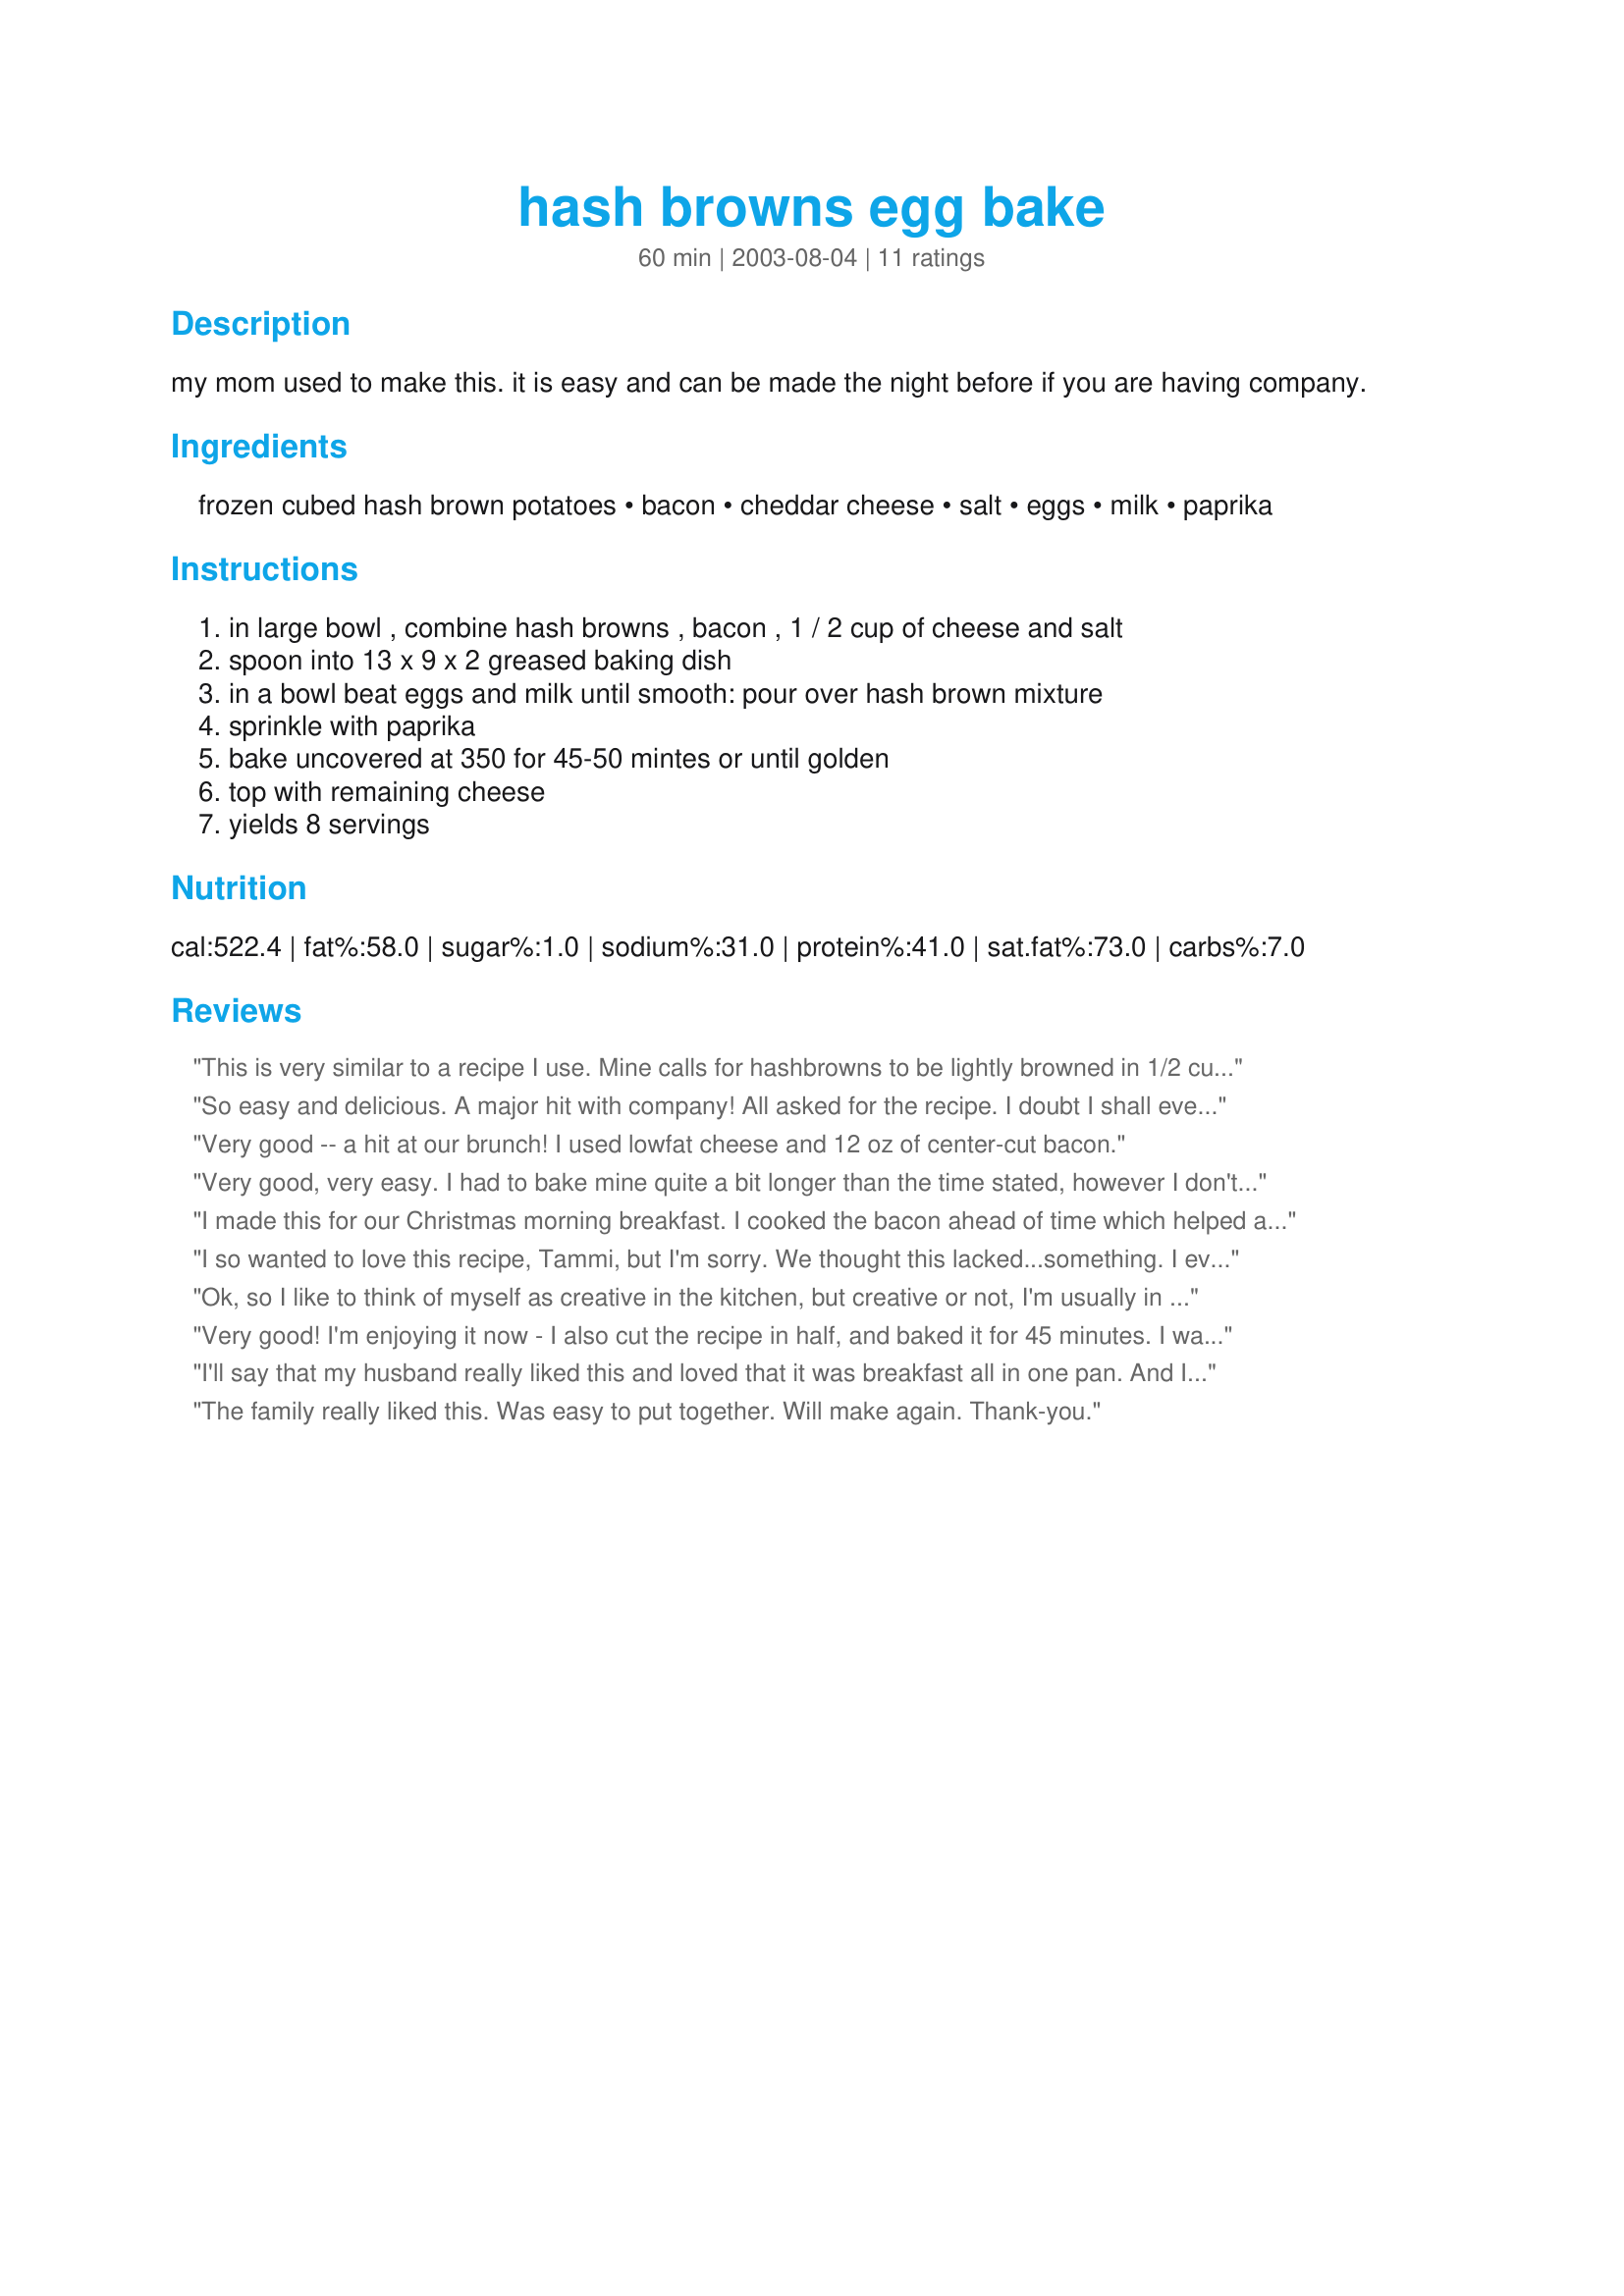
hash browns egg bake
Preparation time: 60 minutes

my mom used to make this. it is easy and can be made the night before if you are having company.

Ingredients:
frozen cubed hash brown potatoes, bacon, cheddar cheese, salt, eggs, milk, paprika

Steps:
in large bowl , combine hash browns , bacon , 1 / 2 cup of cheese and salt, spoon into 13 x 9 x 2 greased baking dish, in a bowl beat eggs and milk until smooth: pour over hash brown mixture, sprinkle with paprika, bake uncovered at 350 for 45-50 mintes or until golden, top with remaining cheese, yields 8 servings

Reviews:
This is very similar to a recipe I use. Mine calls for hashbrowns to be lightly browned in 1/2 cup butter or margarine along with i c. diced onion before putting in the pan
So easy and delicious. A major hit with company! All asked for the recipe. I doubt I shall ever make bacon,eggs and hash browns the old fashion way! I did not add to this recipe.
Very good -- a hit at our brunch! I used lowfat cheese and 12 oz of center-cut bacon.
Very good, very easy. I had to bake mine quite a bit longer than the time stated, however I don't think that my hash browns were completely thawed and that may be the reason. I followed the recipe exactly other than adding the salt (and I used seasoned salt) and some pepper to the egg/milk mixture. Thanks for a great recipe Tammy, it is a keeper.
I made this for our Christmas morning breakfast. I cooked the bacon ahead of time which helped alot. I loved having the potatoes in the dish. We all thought it was very tasty. I did however have to bake it for quite awhile longer than 45 minutes (probably an extra 25 minutes or so). I think I'll add some more spices next time too or use hashbrowns with peppers in them.
I so wanted to love this recipe, Tammi, but I'm sorry. We thought this lacked...something. I even sauteed some chopped onion in with the bacon grease and added more cheese than called for. I think next time I may try to add some chopped pepper. Your directions were very well written and it did cook up beautifully in 50 minutes. I think it was good, it just didn't WOW us (my family can be very picky). Thanks for posting.
Ok, so I like to think of myself as creative in the kitchen, but creative or not, I'm usually in a hurry, and when I'm in a hurry, I miss steps. That said, I added pork sausage which I cooked with diced onions instead of bacon, and beat the eggs with about 2 T Frank's Hot Sauce. That was the creative part. The hurried part come in when I tell you I forgot to beat the milk in with the eggs (so I poured it over the top before baking) and misread the instructions and added the cheese to the top before baking (so I covered with foil for 40 minutes, and uncovered the last 10). Creativity and hurriedness aside, this came out great! It set up really nicely, but then I also used shredded potatoes and not cubes, which made have made a difference. DH ate two big helpings, and even DS ate a little - he is the pickiest person ever! Thanks for posting, will be making this again soon!!!
Very good! I'm enjoying it now - I also cut the recipe in half, and baked it for 45 minutes. I was afraid it would be too dry, but it's not. If the rest of the family hurries and gets up, there MIGHT be some left!
I'll say that my husband really liked this and loved that it was breakfast all in one pan. And I liked that it was simple to make but the hashbrowns didn't really taste "done".
The family really liked this. Was easy to put together. Will make again. Thank-you.
This recipe is easy to follow and easy to make. I used shredded hash browns because that's what I had on hand. I baked it for 40-45 minutes. There were just two of us eating so I halved the recipe and it worked great. This has many possibilities for additions. Thanks for sharing your Mom's recipe Tammi!
